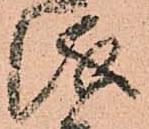
儀